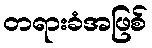
တရားခံအဖြစ်